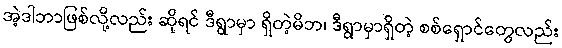
အဲ့ဒါဘာဖြစ်လို့လည်း ဆိုရင် ဒီရွာမှာ ရှိတဲ့မိဘ၊ ဒီရွာမှာရှိတဲ့ စစ်ရှောင်တွေလည်း